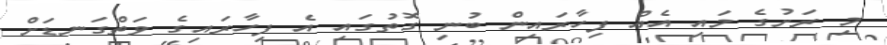
މި ރަށުގެ މައި އެއް ފިހާރައިން ބުނި ގޮތުގައި އެ ފިހާރައިގެ ވަތްގަނޑަށް